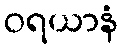
ဝရယာနံ